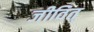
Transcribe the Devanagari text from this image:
जीवित्